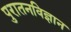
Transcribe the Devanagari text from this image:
पुरातनविज्ञान